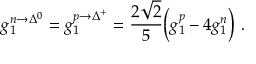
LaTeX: g _ { 1 } ^ { n \rightarrow \Delta ^ { 0 } } = g _ { 1 } ^ { p \rightarrow \Delta ^ { + } } = \frac { 2 \sqrt { 2 } } { 5 } \Big ( g _ { 1 } ^ { p } - 4 g _ { 1 } ^ { n } \Big ) \ .